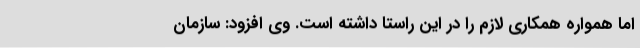
اما همواره همکاری لازم را در این راستا داشته است. وی افزود: سازمان